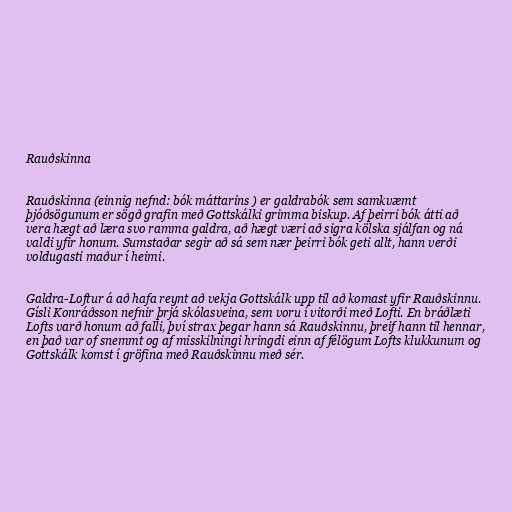
Rauðskinna

Rauðskinna (einnig nefnd: bók máttarins ) er galdrabók sem samkvæmt
þjóðsögunum er sögð grafin með Gottskálki grimma biskup. Af þeirri bók átti að
vera hægt að læra svo ramma galdra, að hægt væri að sigra kölska sjálfan og ná
valdi yfir honum. Sumstaðar segir að sá sem nær þeirri bók geti allt, hann verði
voldugasti maður í heimi.

Galdra-Loftur á að hafa reynt að vekja Gottskálk upp til að komast yfir Rauðskinnu.
Gísli Konráðsson nefnir þrjá skólasveina, sem voru í vitorði með Lofti. En bráðlæti
Lofts varð honum að falli, því strax þegar hann sá Rauðskinnu, þreif hann til hennar,
en það var of snemmt og af misskilningi hringdi einn af félögum Lofts klukkunum og
Gottskálk komst í gröfina með Rauðskinnu með sér.